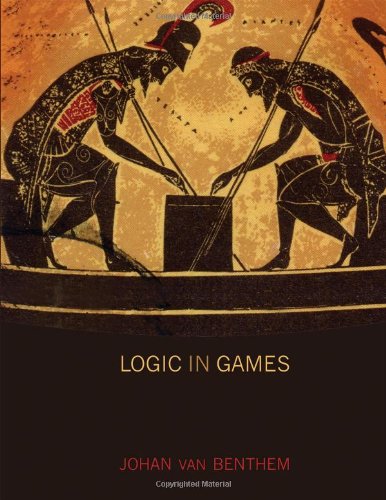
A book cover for Logic in Games; Johan van van Benthem; Computers & Technology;